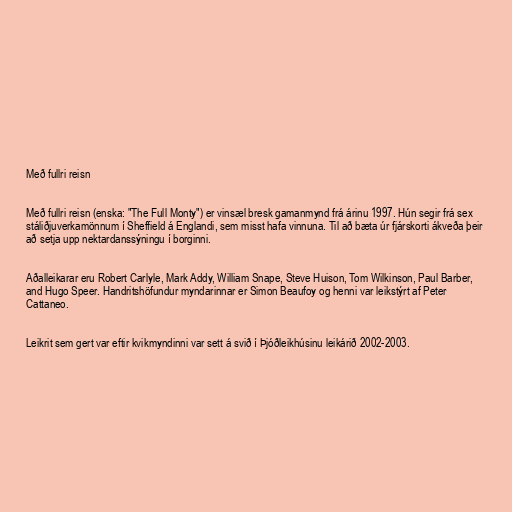
Með fullri reisn

Með fullri reisn (enska: "The Full Monty") er vinsæl bresk gamanmynd frá árinu 1997. Hún segir frá sex
stáliðjuverkamönnum í Sheffield á Englandi, sem misst hafa vinnuna. Til að bæta úr fjárskorti ákveða þeir
að setja upp nektardanssýningu í borginni.

Aðalleikarar eru Robert Carlyle, Mark Addy, William Snape, Steve Huison, Tom Wilkinson, Paul Barber,
and Hugo Speer. Handritshöfundur myndarinnar er Simon Beaufoy og henni var leikstýrt af Peter
Cattaneo.

Leikrit sem gert var eftir kvikmyndinni var sett á svið í Þjóðleikhúsinu leikárið 2002-2003.